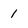
Character: 1